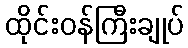
ထိုင်းဝန်ကြီးချုပ်